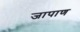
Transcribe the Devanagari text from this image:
जापाण